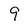
Character: 9